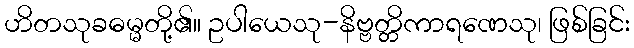
ဟိတသုခဓမ္မတို့၏။ ဥပါယေသု-နိဗ္ဗတ္တိကာရဏေသု၊ ဖြစ်ခြင်း